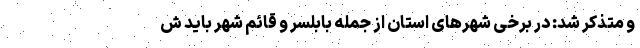
و متذکر شد: در برخی شهرهای استان از جمله بابلسر و قائم شهر باید ش